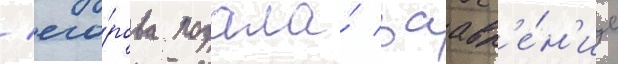
/ его́рова подала́ заавл'е́н'ие